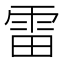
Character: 雷